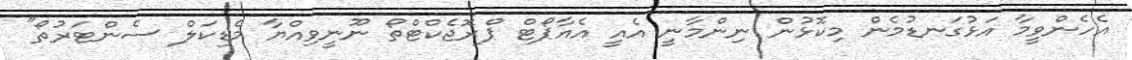
އެހެންވީމާ އަޅުގަނޑުމެން މިކޮޅުން ނިންމާނީ އެއީ އެއާޕޯޓް ޕްރޮޖެކްޓްތޯ ނޫނީވިއްޔާ މެޑިކަލް ސެންޓަރުތޯ"